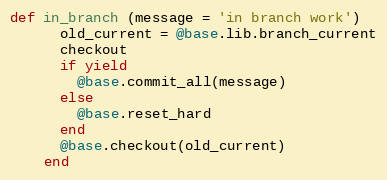
Language: Ruby
def in_branch (message = 'in branch work')
      old_current = @base.lib.branch_current
      checkout
      if yield
        @base.commit_all(message)
      else
        @base.reset_hard
      end
      @base.checkout(old_current)
    end